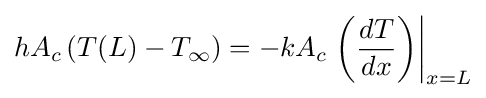
hA_{c}\left(T(L)-T_{\infty }\right)=-kA_{c}\left.\left({\frac {dT}{dx}}\right)\right\vert _{x=L}